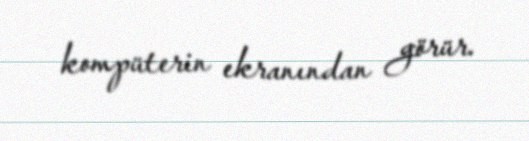
kompüterin ekranından görür.